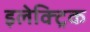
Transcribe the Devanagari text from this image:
इलेक्ट्रिक